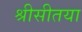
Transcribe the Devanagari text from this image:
श्रीसीतया